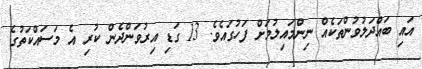
އައި ބައްދަލުވުންތަކެއް ނިންމައިލުމަށް ފަހުގައެވެ. 13 ގަޑި އިރުވަންދެން ކުރި އެ މަސައްކަތުގެ